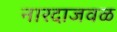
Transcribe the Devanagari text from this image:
नारदाजवळ